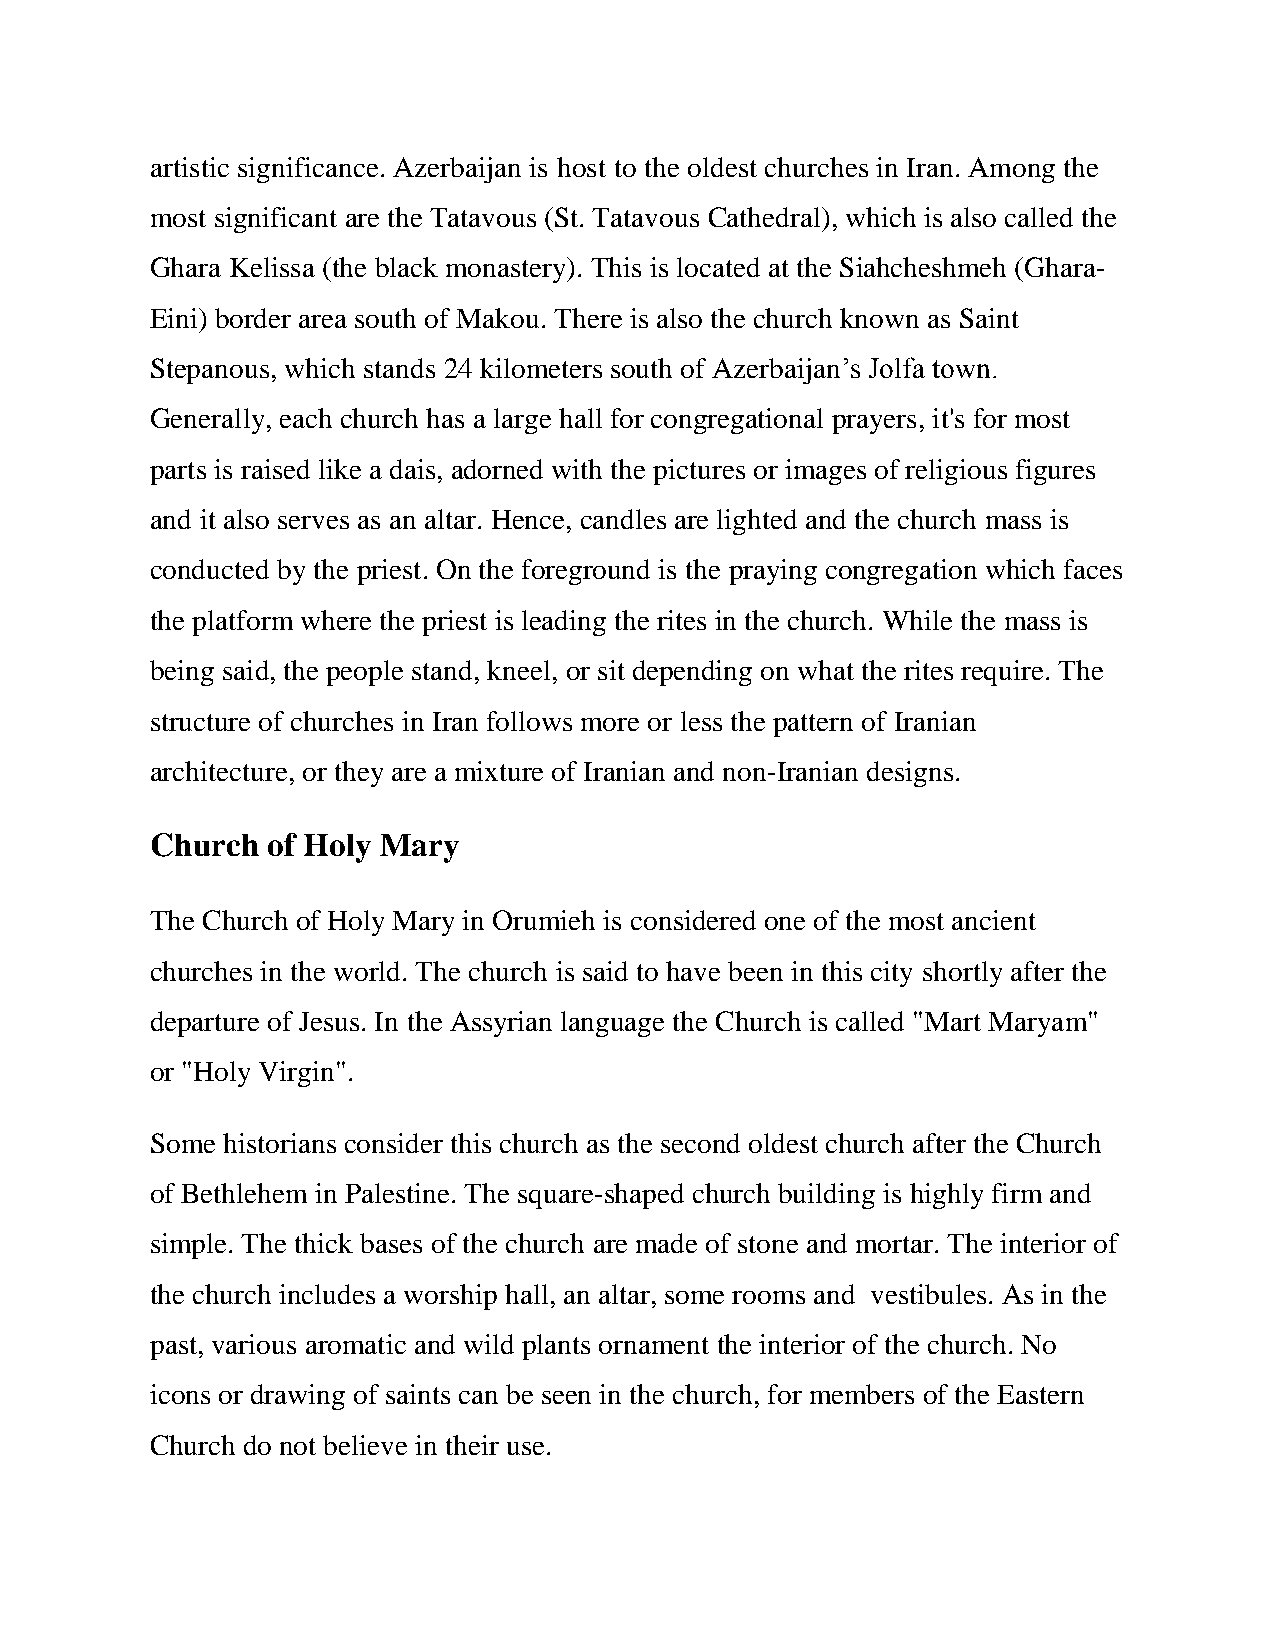
artistic significance. Azerbaijan is host to the oldest churches in Iran. Among the
 most significant are the Tatavous (St. Tatavous Cathedral), which is also called the
 Ghara Kelissa (the black monastery). This is located at the Siahcheshmeh (Ghara-
 Eini) border area south of Makou. There is also the church known as Saint
 Stepanous, which stands 24 kilometers south of Azerbaijan’s Jolfa town.
 Generally, each church has a large hall for congregational prayers, it's for most
 parts is raised like a dais, adorned with the pictures or images of religious figures
 and it also serves as an altar. Hence, candles are lighted and the church mass is
 conducted by the priest. On the foreground is the praying congregation which faces
 the platform where the priest is leading the rites in the church. While the mass is
 being said, the people stand, kneel, or sit depending on what the rites require. The
 structure of churches in Iran follows more or less the pattern of Iranian
 architecture, or they are a mixture of Iranian and non-Iranian designs.
 Church  of Holy Mary
 The Church of Holy Mary in Orumieh is considered one of the most ancient
 churches in the world. The church is said to have been in this city shortly after the
 departure of Jesus. In the Assyrian language the Church is called "Mart Maryam"
 or "Holy Virgin".
 Some historians consider this church as the second oldest church after the Church
 of Bethlehem in Palestine. The square-shaped church building is highly firm and
 simple. The thick bases of the church are made of stone and mortar. The interior of
 the church includes a worship hall, an altar, some rooms and vestibules. As in the
 past, various aromatic and wild plants ornament the interior of the church. No
 icons or drawing of saints can be seen in the church, for members of the Eastern
 Church do not believe in their use.